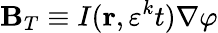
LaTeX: \mathbf{B}_{T}\equiv I(\mathbf{r},\varepsilon^{k}t)\nabla\varphi